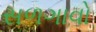
સળગાવો